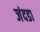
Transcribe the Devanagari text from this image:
जंदडा